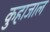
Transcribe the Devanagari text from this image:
कुहाजाल